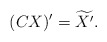
\begin{align*} (CX)^{\prime} = \widetilde{X^{\prime}}.\end{align*}